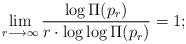
LaTeX: \begin{align*} \lim_{r \longrightarrow \infty} \frac{\log \Pi(p_{r})}{r \cdot \log \log \Pi(p_{r})} = 1 ; \end{align*}